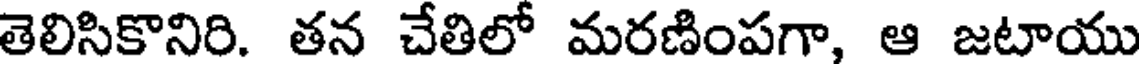
తెలిసికొనిరి. తన చేతిలో మరణింపగా, ఆ జటాయు